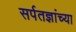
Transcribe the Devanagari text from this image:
सर्पतज्ञांच्या